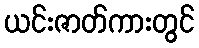
ယင်းဇာတ်ကားတွင်